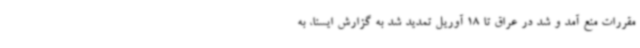
مقررات منع آمد و شد در عراق تا 18 آوریل تمدید شد به گزارش ایسنا، به